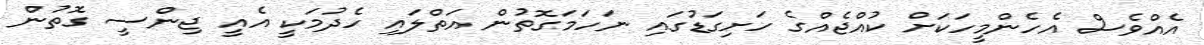
އެއްވެސް އެހެންމީހަކަށް ކުއްޖެއްގެ ހަށިގަޑުގައި ނަހަމަގޮތުން އަތްލައި ހެދުމަކީ އެއީ ޖިންސީ ގޮތުން